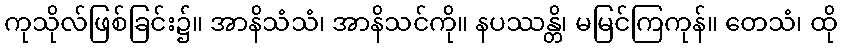
ကုသိုလ်ဖြစ်ခြင်း၌။ အာနိသံသံ၊ အာနိသင်ကို။ နပဿန္တိ၊ မမြင်ကြကုန်။ တေသံ၊ ထို